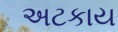
અટકાય